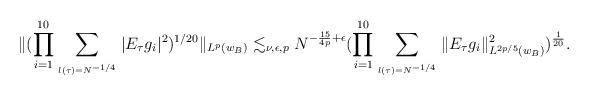
LaTeX: \begin{align*}\|(\prod_{i=1}^{10}\sum_{\atop{l(\tau)=N^{-1/4}}} |E_{\tau}g_i|^2)^{1/20}\|_{L^{p}(w_{B})}\lesssim_{\nu,\epsilon,p} N^{-\frac{15}{4p}+\epsilon}(\prod_{i=1}^{10}\sum_{\atop{l(\tau)=N^{-1/4}}}\|E_{\tau}g_i\|_{L^{2p/5}(w_{B})}^2)^{\frac1{20}}.\end{align*}